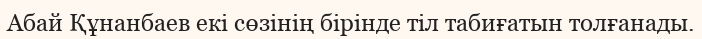
Абай Құнанбаев екі сөзінің бірінде тіл табиғатын толғанады.